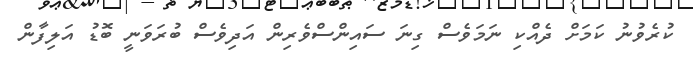
ކުރެވުނު ކަމަށް ދެއްކި ނަމަވެސް ގިނަ ސައިންސްވެރިން އަދިވެސް ބުރަވަނީ ބޮޑު އަލިފާން